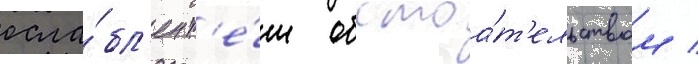
осла́бл'ен т'е́м обстоа́т'ельством /